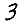
Digit: 3